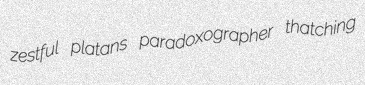
zestful platans paradoxographer thatching